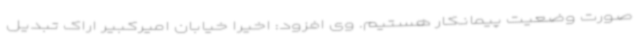
صورت وضعیت پیمانکار هستیم. وی افزود: اخیرا خیابان امیرکبیر اراک تبدیل